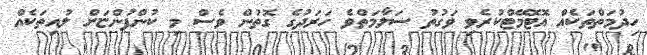
ހިދުމަތްތަކެއް އޮޓޮމޭޓްކުރެވި ވަގުތު ސަލާމަތްވެ ހަރަދުގެ ގޮތުން ވެސް މި ކުންފުންޏަށް ލުއިތަކެއް